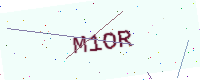
Text: M1OR